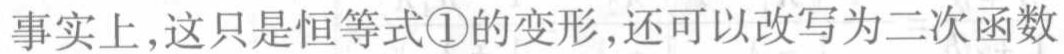
事实上，这只是恒等式\textcircled{1}的变形，还可以改写为二次函数